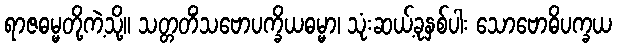
ရာဇဓမ္မတို့ကဲ့သို့။ သတ္တတိံသဗောပက္ခိယဓမ္မာ၊ သုံးဆယ့်ခုနှစ်ပါး သောဗောဓိပက္ခယ